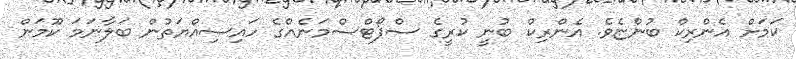
ކަމަށް އެންރިކް ބުންޏެވެ. އެންރިކް ބުނީ ކުރީގެ ސްޕޯޓްސްމަނެއްގެ ހައިސިއްޔަތުން ބަލާނަމަ ކޫމަން